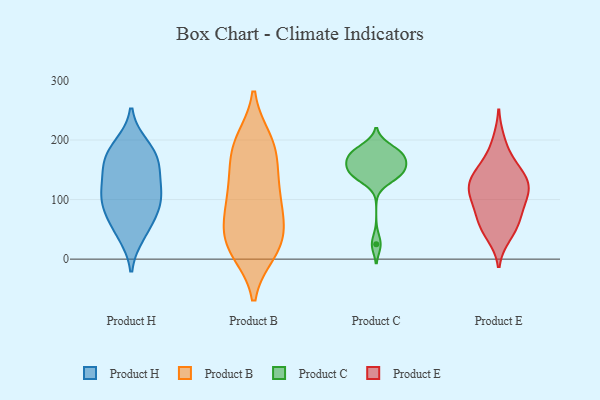
{"axis": {"x": "Bounce Rate (%)", "y": "Value"}, "legend": ["Product B", "Product C", "Product E", "Product H"], "data": [{"x": "", "y": 176, "type": "Product H"}, {"x": "", "y": 54, "type": "Product H"}, {"x": "", "y": 118, "type": "Product H"}, {"x": "", "y": 92, "type": "Product H"}, {"x": "", "y": 42, "type": "Product H"}, {"x": "", "y": 100, "type": "Product H"}, {"x": "", "y": 146, "type": "Product H"}, {"x": "", "y": 173, "type": "Product H"}, {"x": "", "y": 80, "type": "Product H"}, {"x": "", "y": 112, "type": "Product H"}, {"x": "", "y": 190, "type": "Product H"}, {"x": "", "y": 158, "type": "Product H"}, {"x": "", "y": 185, "type": "Product B"}, {"x": "", "y": 133, "type": "Product B"}, {"x": "", "y": 189, "type": "Product B"}, {"x": "", "y": 137, "type": "Product B"}, {"x": "", "y": 74, "type": "Product B"}, {"x": "", "y": 125, "type": "Product B"}, {"x": "", "y": 13, "type": "Product B"}, {"x": "", "y": 30, "type": "Product B"}, {"x": "", "y": 31, "type": "Product B"}, {"x": "", "y": 88, "type": "Product B"}, {"x": "", "y": 86, "type": "Product B"}, {"x": "", "y": 190, "type": "Product B"}, {"x": "", "y": 199, "type": "Product B"}, {"x": "", "y": 64, "type": "Product B"}, {"x": "", "y": 22, "type": "Product B"}, {"x": "", "y": 17, "type": "Product B"}, {"x": "", "y": 159, "type": "Product C"}, {"x": "", "y": 137, "type": "Product C"}, {"x": "", "y": 177, "type": "Product C"}, {"x": "", "y": 188, "type": "Product C"}, {"x": "", "y": 145, "type": "Product C"}, {"x": "", "y": 146, "type": "Product C"}, {"x": "", "y": 137, "type": "Product C"}, {"x": "", "y": 180, "type": "Product C"}, {"x": "", "y": 170, "type": "Product C"}, {"x": "", "y": 172, "type": "Product C"}, {"x": "", "y": 25, "type": "Product C"}, {"x": "", "y": 155, "type": "Product C"}, {"x": "", "y": 197, "type": "Product E"}, {"x": "", "y": 118, "type": "Product E"}, {"x": "", "y": 54, "type": "Product E"}, {"x": "", "y": 41, "type": "Product E"}, {"x": "", "y": 118, "type": "Product E"}, {"x": "", "y": 137, "type": "Product E"}, {"x": "", "y": 110, "type": "Product E"}, {"x": "", "y": 164, "type": "Product E"}, {"x": "", "y": 118, "type": "Product E"}, {"x": "", "y": 141, "type": "Product E"}, {"x": "", "y": 100, "type": "Product E"}, {"x": "", "y": 145, "type": "Product E"}, {"x": "", "y": 74, "type": "Product E"}, {"x": "", "y": 54, "type": "Product E"}, {"x": "", "y": 78, "type": "Product E"}]}